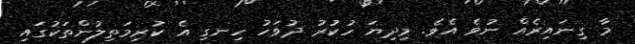
މާ ގިނައިރެއް ނުވެ އެވެ. މިދިޔަ ހުކުރު ދުވަހު ހިނގި އެ ކުރިމަތިލުންތަކުގައި